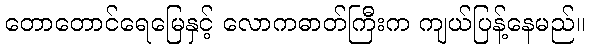
တောတောင်ရေမြေနှင့် လောကဓာတ်ကြီးက ကျယ်ပြန့်နေမည်။